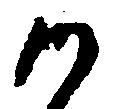
御